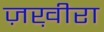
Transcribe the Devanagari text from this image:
ज़ख़ीरा